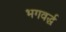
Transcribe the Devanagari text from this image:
भगवर्द्ध